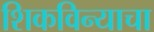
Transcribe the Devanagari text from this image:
शिकविन्याचा